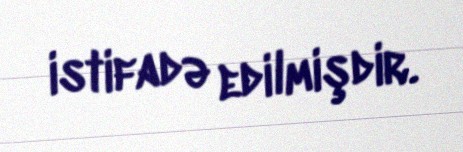
istifadə edilmişdir.